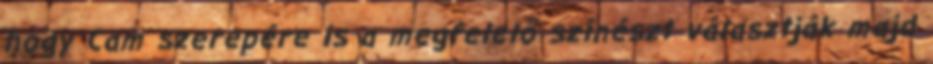
hogy Cam szerepére is a megfelelő színészt választják majd